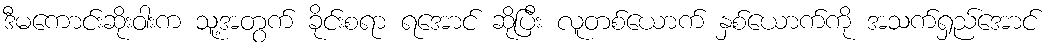
ဒီမကောင်းဆိုးဝါးက သူ့အတွက် ခိုင်းစရာ ရအောင် ဆိုပြီး လူတစ်ယောက် နှစ်ယောက်ကို အသက်ရှည်အောင်